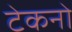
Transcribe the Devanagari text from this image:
टेकनो